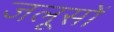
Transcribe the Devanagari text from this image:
जलूसों